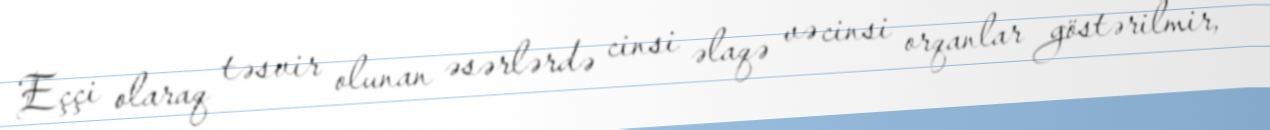
Eççi olaraq təsvir olunan əsərlərdə cinsi əlaqə və cinsi orqanlar göstərilmir,